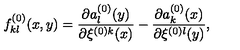
f _ { k l } ^ { ( 0 ) } ( x , y ) = \frac { \partial a _ { l } ^ { ( 0 ) } ( y ) } { \partial \xi ^ { ( 0 ) k } ( x ) } - \frac { \partial a _ { k } ^ { ( 0 ) } ( x ) } { \partial \xi ^ { ( 0 ) l } ( y ) } ,